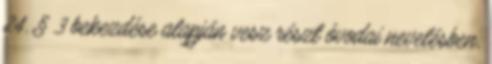
24. § 3 bekezdése alapján vesz részt óvodai nevelésben,